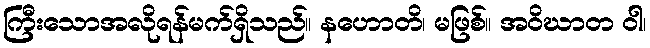
ကြီးသောအလိုရန်မက်ရှိသည်။ နဟောတိ၊ မဖြစ်။ အဝိဃာတ ဝါ၊